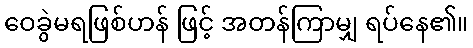
ဝေခွဲမရဖြစ်ဟန် ဖြင့် အတန်ကြာမျှ ရပ်နေ၏။